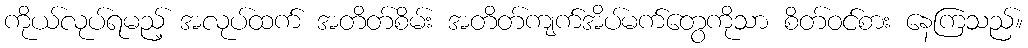
ကိုယ်လုပ်ရမည့် အလုပ်ထက် အတိတ်စိမ်း အတိတ်ကျက်အိပ်မက်တွေကိုသာ စိတ်ဝင်စား နေကြသည်။